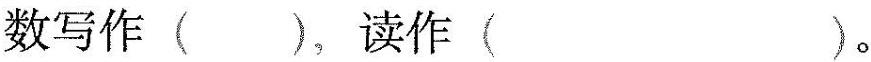
数写作( )，读作( )。